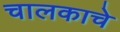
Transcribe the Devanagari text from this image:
चालकाचे